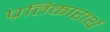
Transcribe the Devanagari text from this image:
प्रतिकारार्थ